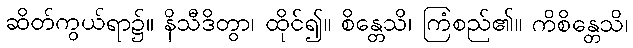
ဆိတ်ကွယ်ရာ၌။ နိသီဒိတွာ၊ ထိုင်၍။ စိန္တေသိ၊ ကြံစည်၏။ ကိစိန္တေသိ၊